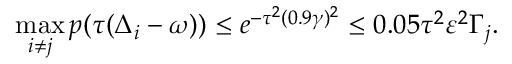
\operatorname* { m a x } _ { i \neq j } p ( \tau ( \Delta _ { i } - \omega ) ) \leq e ^ { - \tau ^ { 2 } ( 0 . 9 \gamma ) ^ { 2 } } \leq 0 . 0 5 \tau ^ { 2 } \varepsilon ^ { 2 } \Gamma _ { j } .